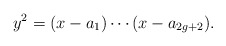
\begin{align*}y^2=(x-a_1)\cdots(x-a_{2g+2}).\end{align*}